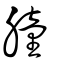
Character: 膧